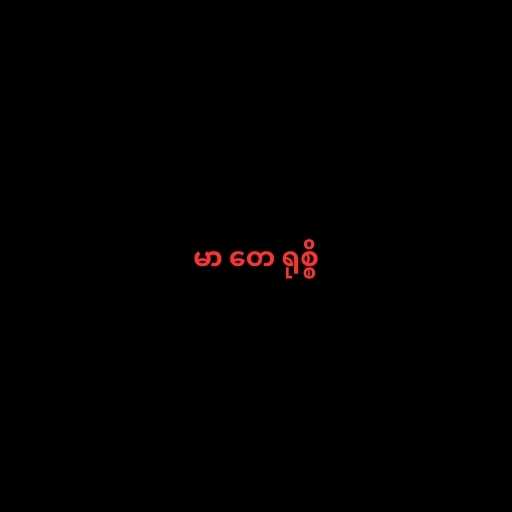
မာ တေ ရုစ္စိ